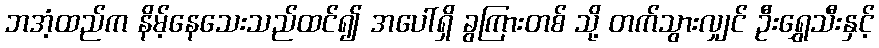
ဘအံ့ထည်က နိမ့်နေသေးသည်ထင်၍ အပေါ်ရှိ ခွကြားတစ် သို့ တက်သွားလျှင် ဦးရွှေသီးနှင့်